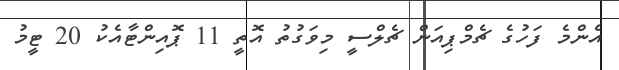
އެންމެ ފަހުގެ ޗެމްޕިއަން ޗެލްސީ މިވަގުތު އޮތީ 11 ޕޮއިންޓާއެކު 20 ޓީމު